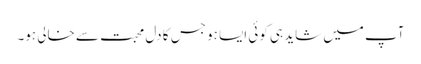
آپ میں شاید ہی کوئی ایسا ہو جس کا دل محبت سے خالی ہو۔